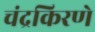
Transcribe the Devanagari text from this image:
चंद्रकिरणे